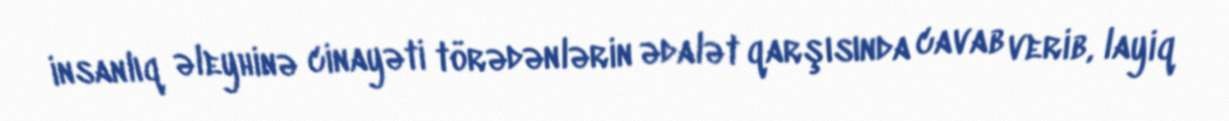
insanlıq əleyhinə cinayəti törədənlərin ədalət qarşısında cavab verib, layiq